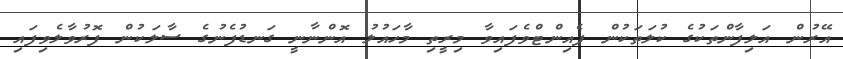
އޭރުން އަލިފާންތަކުގެ ކުލަތަކުން ޕެއިންޓްވެފައިވާ މިރީތި މާހައުލު އޮންނާނީ ގަނޑުފެނުގެ ސާލަކުން ފޮރުވާލެވިފައި